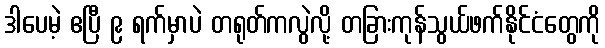
ဒါပေမဲ့ ဧပြီ ၉ ရက်မှာပဲ တရုတ်ကလွဲလို့ တခြားကုန်သွယ်ဖက်နိုင်ငံတွေကို